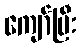
ကျော်ပြီး